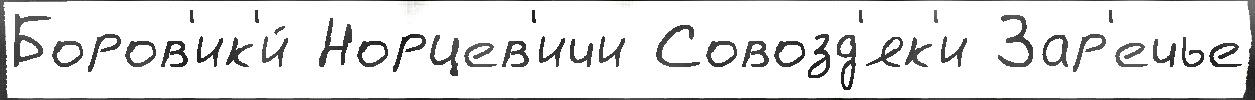
Боров'ик'и́ Норцев'ичи Совозд'як'и Зар'ечье